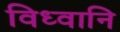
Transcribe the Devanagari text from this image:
विध्वानि